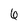
Character: 6